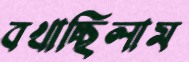
বখাচ্ছিলাম